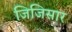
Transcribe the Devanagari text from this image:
जिजिसार